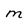
Character: M